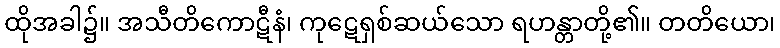
ထိုအခါ၌။ အသီတိကောဋီနံ၊ ကုဋေရှစ်ဆယ်သော ရဟန္တာတို့၏။ တတိယော၊